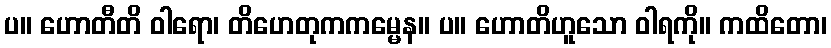
ပ။ ဟောတီတိ ဝါရော၊ တိဟေတုကကမ္မေန။ ပ။ ဟောတိဟူသော ဝါရကို။ ကထိတော၊